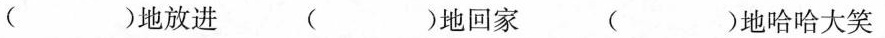
()地放进 ()地回家 ()地哈哈大笑